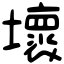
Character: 壞